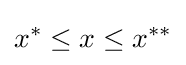
x^{*}\leq x\leq x^{**}